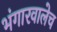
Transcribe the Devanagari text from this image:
भंगारवालेच